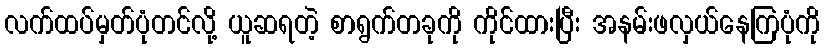
လက်ထပ်မှတ်ပုံတင်လို့ ယူဆရတဲ့ စာရွက်တခုကို ကိုင်ထားပြီး အနမ်းဖလှယ်နေကြပုံကို